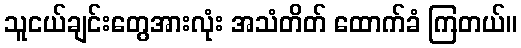
သူငယ်ချင်းတွေအားလုံး အသံတိတ် ထောက်ခံ ကြတယ်။